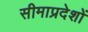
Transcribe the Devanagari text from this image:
सीमाप्रदेशों